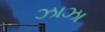
ઝાઝા